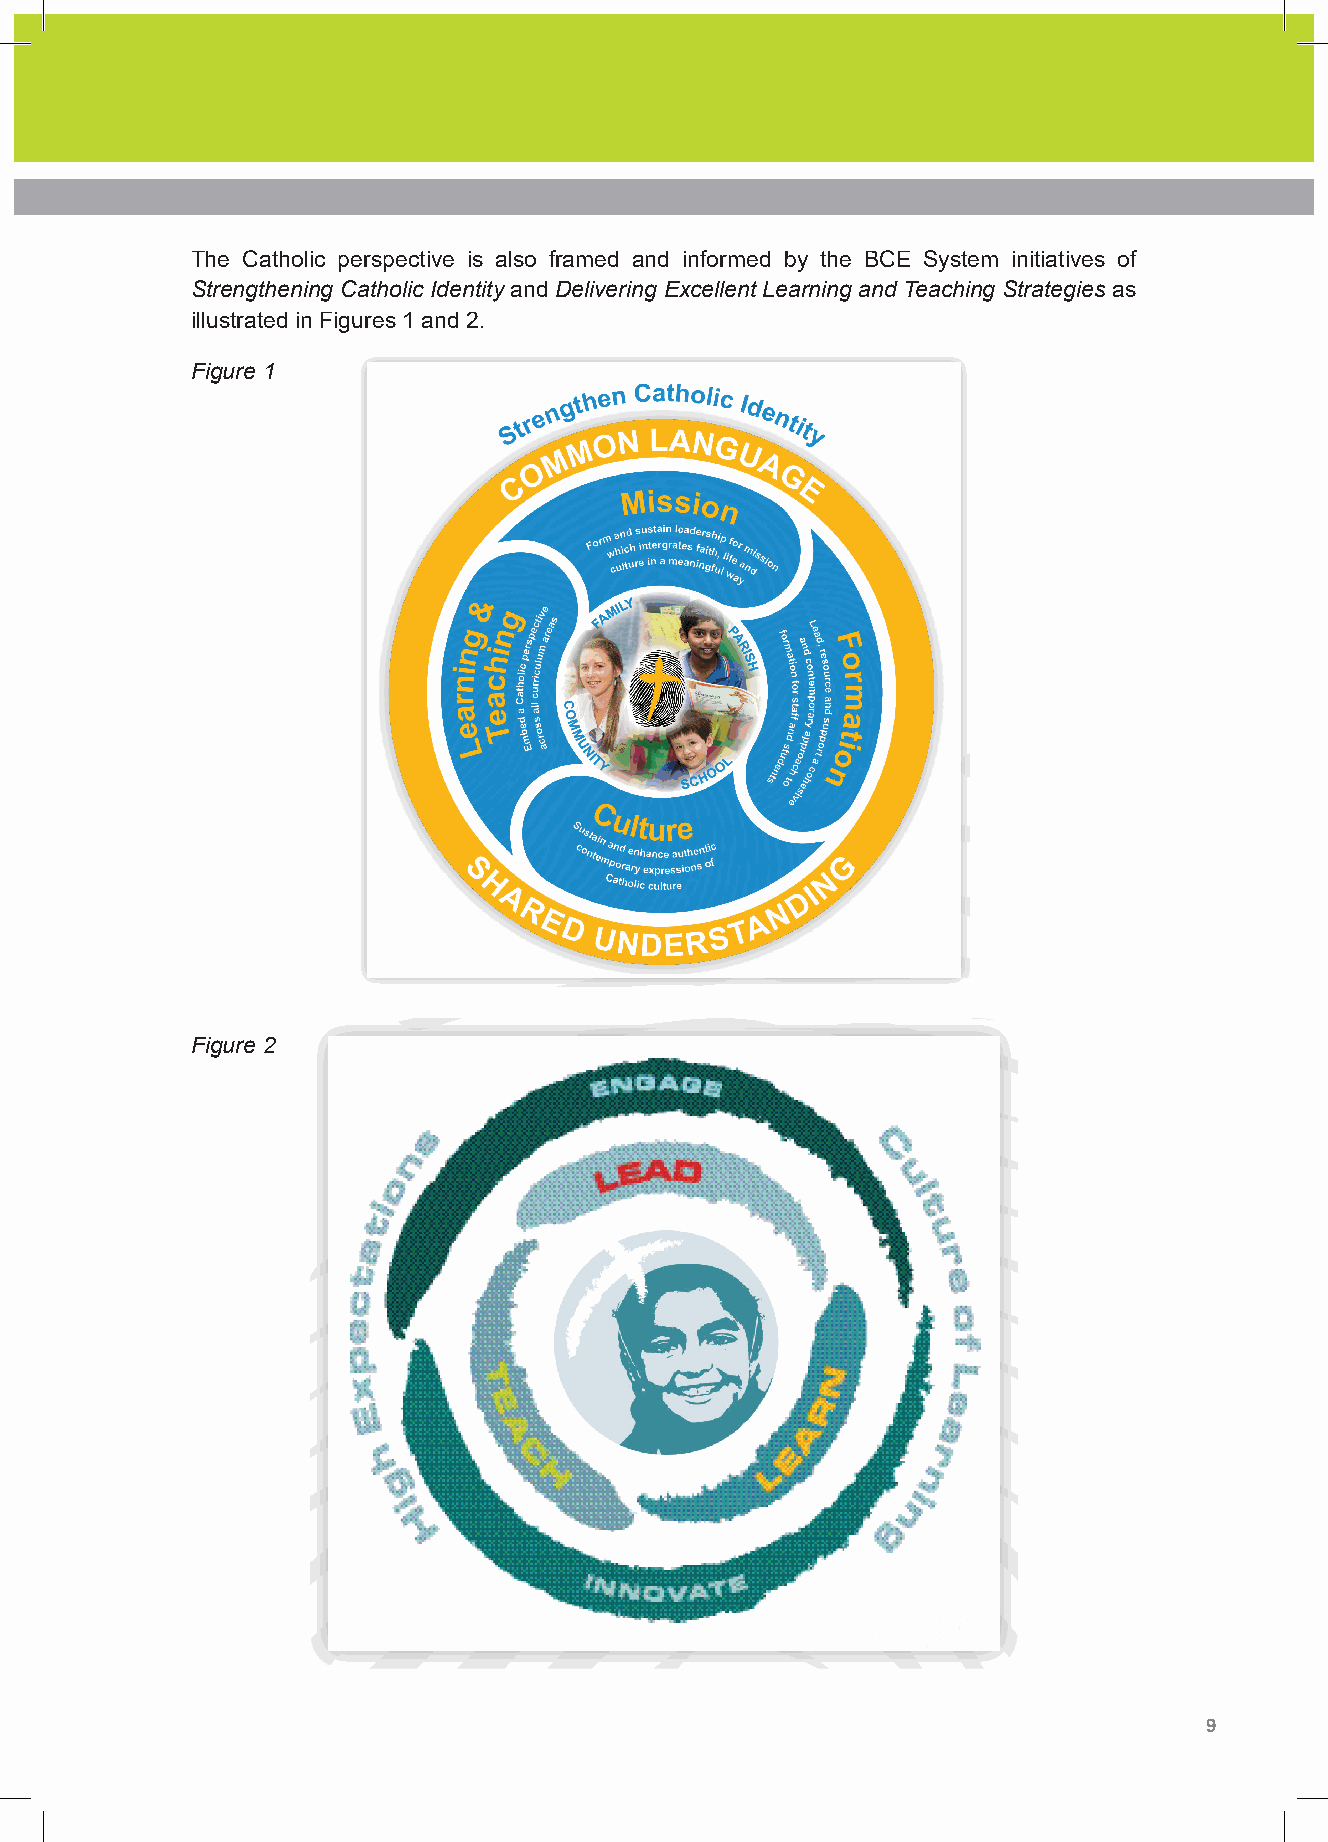
The Catholic perspective is also framed and informed by the BCE System initiatives of
 Strengthening Catholic Identity and Delivering Excellent Learning and Teaching Strategies as
 illustrated in Figures 1 and 2.
 Figure 1
 Figure 2
 8 Shape Paper - A Catholic Perspective on Relationships and Sexuality Education - Australian Curriculum: Health and Physical Education 9